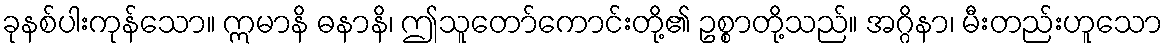
ခုနစ်ပါးကုန်သော။ ဣမာနိ ဓနာနိ၊ ဤသူတော်ကောင်းတို့၏ ဥစ္စာတို့သည်။ အဂ္ဂိနာ၊ မီးတည်းဟူသော